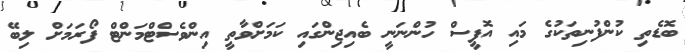
ބޮޑެތި ކުންފުނިތަކުގެ މައި އޮފީސް ހުންނަނީ ބެއިިޖިންގައި ކަމަށްވާތީ އިންވެސްޓްމަންޓް ފޯރަމަށް ލިބޭ